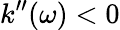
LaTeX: k^{\prime\prime}(\omega)<0